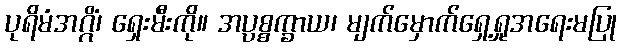
ပုရိမံအဂ္ဂိံ၊ ရှေးမီးကို။ အပ္ပစ္စက္ခာယ၊ မျက်မှောက်ရှေ့ရှုအရေးမပြု